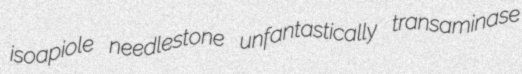
isoapiole needlestone unfantastically transaminase